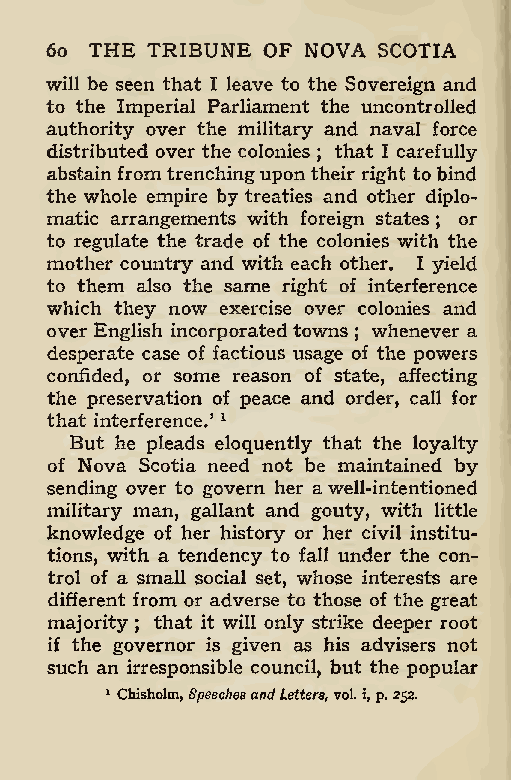
6o THE TRIBUNE OF NOVA SCOTIA
 will be seen that I leave to the Sovereign and
 to the Imperial Parliament the uncontrolled
 authority over the military and naval force
 distributed over the colonies that I carefully
 ;
 abstain fromtrenchingupon their right to bind
 the whole empire by treaties and other diplo-
 matic arrangements with foreign states or
 ;
 to regulate the trade of the colonies with the
 mother country and with each other. I yield
 to them also the same right of interference
 which they now exercise over colonies and
 over English incorporated towns whenever a
 ;
 desperate case of factious usage of the powers
 confided, or some reason of state, affecting
 the preservation of peace and order, call for
 that interference.’ 1
 But he pleads eloquently that the loyalty
 of Nova Scotia need not be maintained by
 sending over to govern her awell-intentioned
 military man, gallant and gouty, with little
 knowledge of her history or her civil institu-
 tions, with a tendency to fall under the con-
 trol of a small social set, whose interests are
 different from or adverse to those of the great
 majority that it will only strike deeper root
 ;
 if the governor is given as his advisers not
 such an irresponsible council, but the popular
 1 Chisholm, SpeechesandLetters, vol. i, p.252.